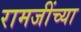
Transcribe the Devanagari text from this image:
रामजींच्या